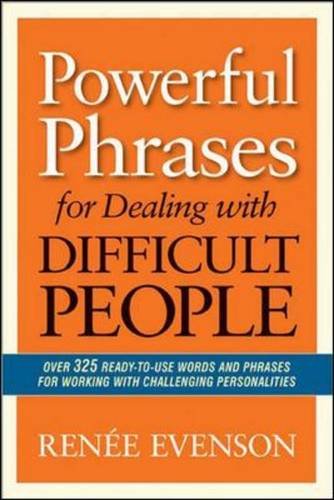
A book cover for Powerful Phrases for Dealing with Difficult People: Over 325 Ready-to-Use Words and Phrases for Working with Challenging Personalities; Renee Evenson; Business & Money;